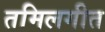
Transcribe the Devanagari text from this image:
तमिलगीत